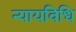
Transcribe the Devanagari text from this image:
न्यायविधि